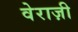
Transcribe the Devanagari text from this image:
वेराज़ी